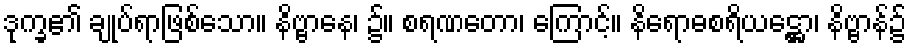
ဒုက္ခ၏ ချုပ်ရာဖြစ်သော။ နိဗ္ဗာနေ၊ ၌။ စရဏတော၊ ကြောင့်။ နိရောဓစရိယဋ္ဌော၊ နိဗ္ဗာန်၌